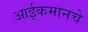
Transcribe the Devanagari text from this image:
आईकमानचे